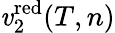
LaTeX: \mathit{v}_{2}^{\mathrm{{red}}}(T,n)